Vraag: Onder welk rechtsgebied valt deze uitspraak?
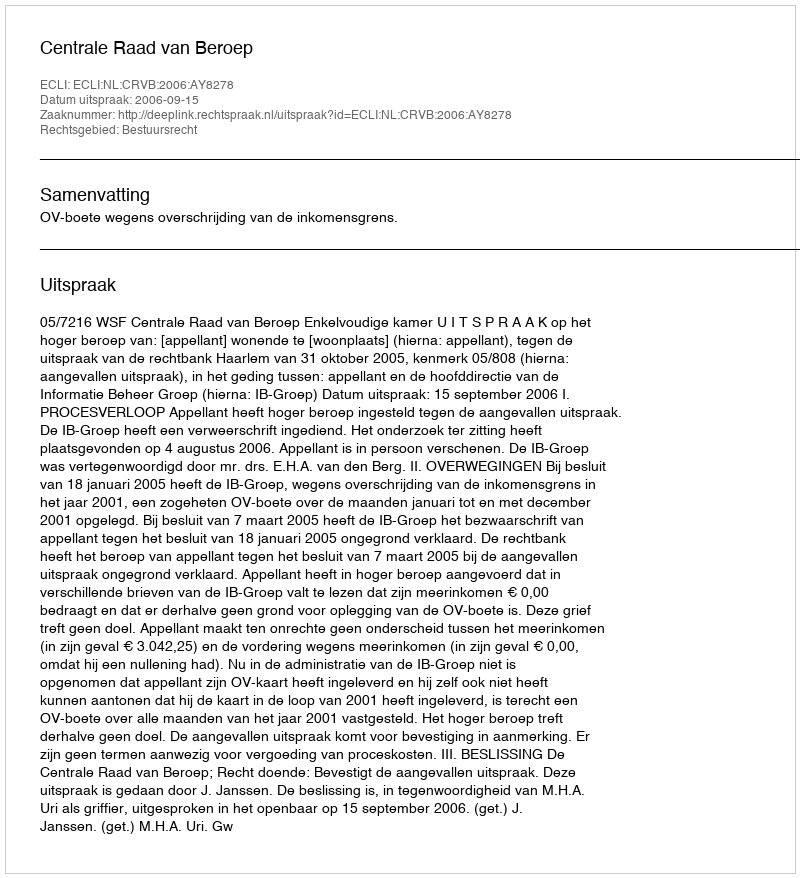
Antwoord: Bestuursrecht